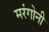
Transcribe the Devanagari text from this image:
मरंगोनी